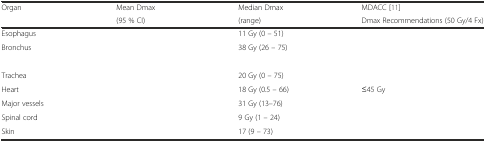
<table><thead><tr><td><b>Organ</b></td><td><b>Mean Dmax</b></td><td><b>Median Dmax</b></td><td><b>MDACC [11]</b></td></tr><tr><td>[EMPTY_CELL]</td><td><b>(95 % CI)</b></td><td><b>(range)</b></td><td><b>Dmax Recommendations (50 Gy/4 Fx)</b></td></tr></thead><tbody><tr><td>Esophagus</td><td>[EMPTY_CELL]</td><td>11 Gy (0 – 51)</td><td>[EMPTY_CELL]</td></tr><tr><td>Bronchus</td><td>[EMPTY_CELL]</td><td>38 Gy (26 – 75)</td><td>[EMPTY_CELL]</td></tr><tr><td>[EMPTY_CELL]</td><td>[EMPTY_CELL]</td><td>[EMPTY_CELL]</td><td>[EMPTY_CELL]</td></tr><tr><td>Trachea</td><td>[EMPTY_CELL]</td><td>20 Gy (0 – 75)</td><td>[EMPTY_CELL]</td></tr><tr><td>Heart</td><td>[EMPTY_CELL]</td><td>18 Gy (0.5 – 66)</td><td>≤45 Gy</td></tr><tr><td>Major vessels</td><td>[EMPTY_CELL]</td><td>31 Gy (13–76)</td><td>[EMPTY_CELL]</td></tr><tr><td>Spinal cord</td><td>[EMPTY_CELL]</td><td>9 Gy (1 – 24)</td><td>[EMPTY_CELL]</td></tr><tr><td>Skin</td><td>[EMPTY_CELL]</td><td>17 (9 – 73)</td><td>[EMPTY_CELL]</td></tr></tbody></table>